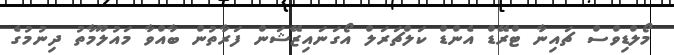
މޯލްޑިވްސް ޗައިނާ ޓްރޭޑް އެންޑް ކަލްޗަރަލް އޯގަނައިޒޭޝަން ފަރާތުން ބާއްވާ މައުލޫމާތު ދިނުމުގެ